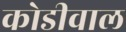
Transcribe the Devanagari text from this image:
कोडीवाल